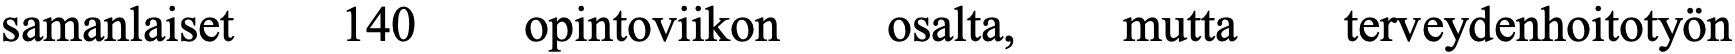
samanlaiset 140   opintoviikon osalta, mutta terveydenhoitotyön